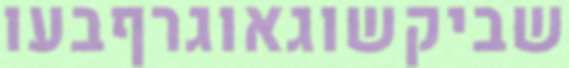
שביקשוגאוגרףבעו